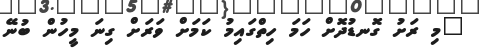
"މި ރަށު ގޮނޑުދޮށް ހަމަ ހިތްގައިމު ކަމަށް ވަރަށް ގިނަ މީހުން ބުނޭ